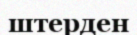
штерден